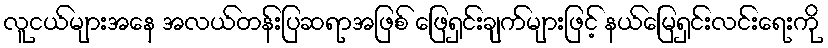
လူငယ်များအနေ အလယ်တန်းပြဆရာအဖြစ် ဖြေရှင်းချက်များဖြင့် နယ်မြေရှင်းလင်းရေးကို